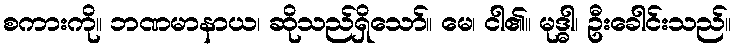
စကားကို။ ဘဏမာနာယ၊ ဆိုသည်ရှိသော်။ မေ၊ ငါ၏။ မုဒ္ဓါ၊ ဦးခေါင်းသည်။